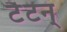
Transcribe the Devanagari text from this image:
टैटन्